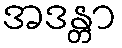
အဒန္တာ